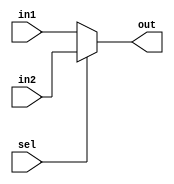
// Simple 2:1 Mux

module simplemux #(parameter WIDTH=8) (out, in1, in2, sel);
    output reg [WIDTH-1:0] out;
    input [WIDTH-1:0] in1;
    input [WIDTH-1:0] in2;
    input sel;

    always @(*) begin
        if (sel)
            out = in2;
        else
            out = in1;
    end
endmodule